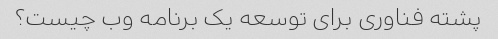
پشته فناوری برای توسعه یک برنامه وب چیست؟